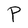
Character: P